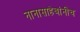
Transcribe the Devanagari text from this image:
नानासाहेबांनीच